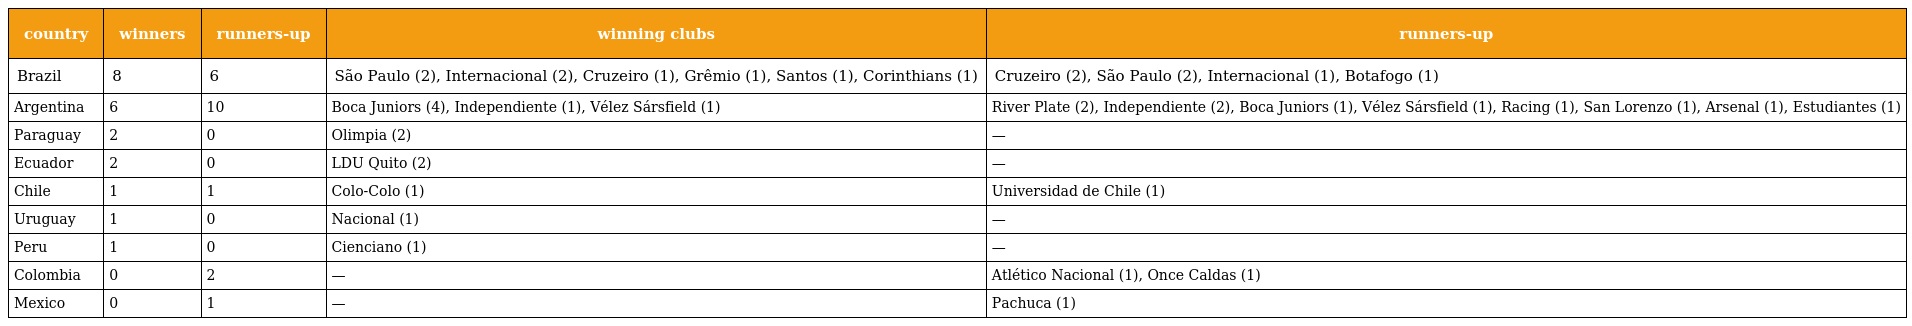
| country | winners | runners-up | winning clubs | runners-up |
 | --- | --- | --- | --- | --- |
 | Brazil | 8 | 6 | São Paulo (2), Internacional (2), Cruzeiro (1), Grêmio (1), Santos (1), Corinthians (1) | Cruzeiro (2), São Paulo (2), Internacional (1), Botafogo (1) |
 | Argentina | 6 | 10 | Boca Juniors (4), Independiente (1), Vélez Sársfield (1) | River Plate (2), Independiente (2), Boca Juniors (1), Vélez Sársfield (1), Racing (1), San Lorenzo (1), Arsenal (1), Estudiantes (1) |
 | Paraguay | 2 | 0 | Olimpia (2) | — |
 | Ecuador | 2 | 0 | LDU Quito (2) | — |
 | Chile | 1 | 1 | Colo-Colo (1) | Universidad de Chile (1) |
 | Uruguay | 1 | 0 | Nacional (1) | — |
 | Peru | 1 | 0 | Cienciano (1) | — |
 | Colombia | 0 | 2 | — | Atlético Nacional (1), Once Caldas (1) |
 | Mexico | 0 | 1 | — | Pachuca (1) |